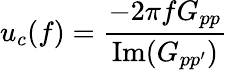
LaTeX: u_{c}(f)=\frac{-2\pi fG_{pp}}{\textrm{Im}(G_{pp^{\prime}})}